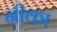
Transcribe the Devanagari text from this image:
नीका